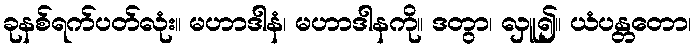
ခုနစ်ရက်ပတ်လုံး။ မဟာဒါနံ၊ မဟာဒါနကို။ ဒတွာ၊ လှူ၍။ ယံပန္တတော၊